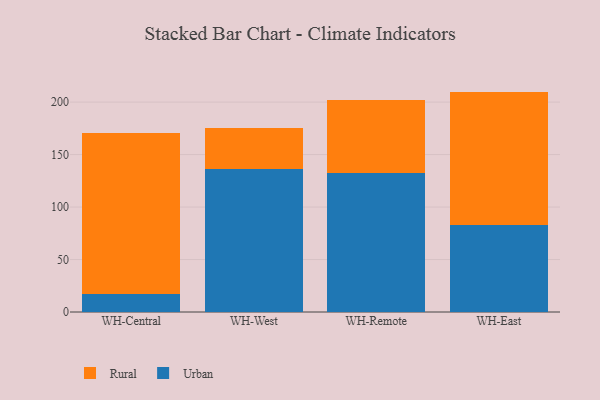
{"axis": {"x": "Warehouse", "y": "Population (Million)"}, "legend": ["Rural", "Urban"], "data": [{"x": "WH-Central", "y": 17.3, "type": "Urban"}, {"x": "WH-Central", "y": 153.6, "type": "Rural"}, {"x": "WH-West", "y": 135.9, "type": "Urban"}, {"x": "WH-West", "y": 39.0, "type": "Rural"}, {"x": "WH-Remote", "y": 132.0, "type": "Urban"}, {"x": "WH-Remote", "y": 70.2, "type": "Rural"}, {"x": "WH-East", "y": 82.7, "type": "Urban"}, {"x": "WH-East", "y": 127.3, "type": "Rural"}]}